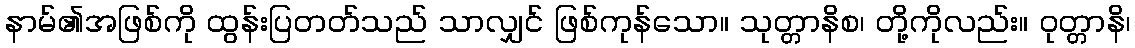
နာမ်၏အဖြစ်ကို ထွန်းပြတတ်သည် သာလျှင် ဖြစ်ကုန်သော။ သုတ္တာနိစ၊ တို့ကိုလည်း။ ဝုတ္တာနိ၊